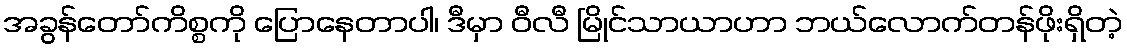
အခွန်တော်ကိစ္စကို ပြောနေတာပါ၊ ဒီမှာ ဝီလီ မြိုင်သာယာဟာ ဘယ်လောက်တန်ဖိုးရှိတဲ့